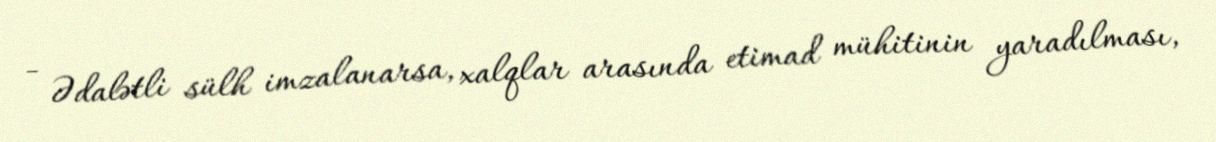
- Ədalətli sülh imzalanarsa, xalqlar arasında etimad mühitinin yaradılması,